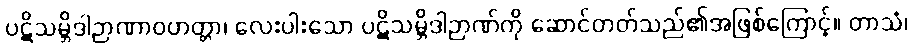
ပဋိသမ္ဘိဒါဉာဏာဝဟတ္တာ၊ လေးပါးသော ပဋိသမ္ဘိဒါဉာဏ်ကို ဆောင်တတ်သည်၏အဖြစ်ကြောင့်။ တာသံ၊